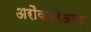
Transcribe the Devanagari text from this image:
अरौकारिअसाए